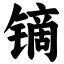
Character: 镝